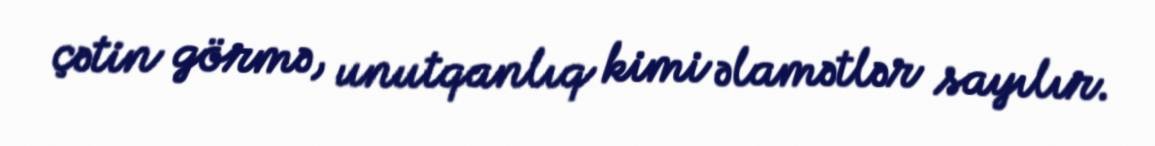
çətin görmə, unutqanlıq kimi əlamətlər sayılır.